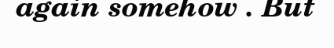
again somehow . But